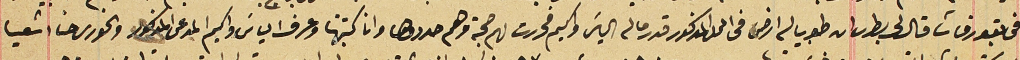
في بقورقاشا قال لى بطرسَ ان طوبيا له ارض فى المحل المذكور قدر ما له الياسَ واكيم فحررت لهم حجة وهم حددوها وان كتبتها وعرف الياسَ واكيم المدعى المذكور والخورى حنا اشعيا